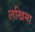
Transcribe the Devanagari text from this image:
लखिमा